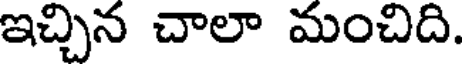
ఇచ్చిన చాలా మంచిది.